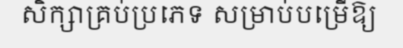
សិក្សាគ្រប់ប្រភេទ សម្រាប់បម្រើឱ្យ